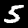
Digit: 5